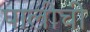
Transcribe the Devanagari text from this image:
पालीची